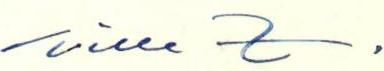
Ville Z.